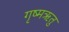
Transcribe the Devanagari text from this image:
गृष्‍मऋतु